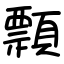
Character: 顠